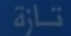
تازة